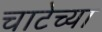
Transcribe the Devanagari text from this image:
चाटेच्या